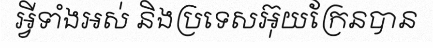
អ្វីទាំងអស់ និងប្រទេសអ៊ុយក្រែនបាន